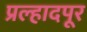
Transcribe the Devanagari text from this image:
प्रल्हादपूर